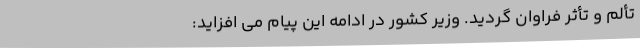
تألم و تأثر فراوان گردید. وزیر کشور در ادامه این پیام می افزاید: